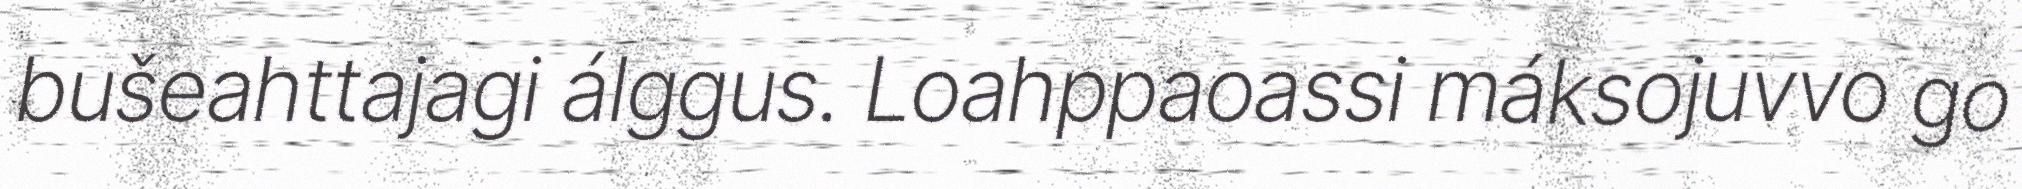
bušeahttajagi álggus. Loahppaoassi máksojuvvo go